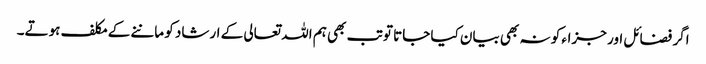
اگر فضائل اور جزاء کو نہ بھی بیان کیا جاتا تو تب بھی ہم اللہ تعالی کے ارشاد کو ماننے کے مکلف ہوتے۔